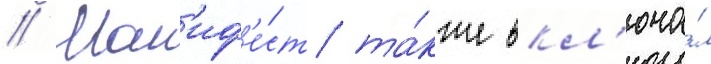
// Ман'иф'е́ст та́кже вкл'юча́л